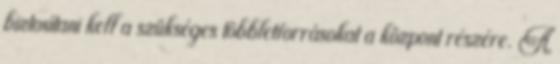
biztosítani kell a szükséges többletforrásokat a központ részére. A